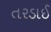
તરડાઈ